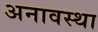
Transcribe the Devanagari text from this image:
अनावस्था